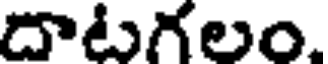
దాటగలం.